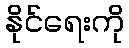
နိုင်ရေးကို